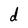
Character: d